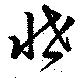
悋